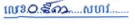
លេខៈ០៩៣ សហវ